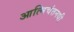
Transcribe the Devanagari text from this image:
आत्मिचंतनथी